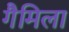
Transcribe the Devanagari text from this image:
गैमिला